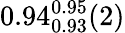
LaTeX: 0.94_{0.93}^{0.95}(2)